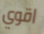
اقوي